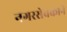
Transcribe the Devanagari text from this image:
नगरसेवकाने